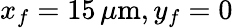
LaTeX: x_{f}=15\, \mu\mathrm{m},y_{f}=0